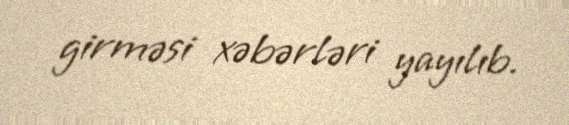
girməsi xəbərləri yayılıb.